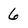
Character: 6